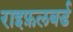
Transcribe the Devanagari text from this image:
राइफ़लबर्ड